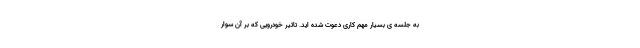
به جلسه ی بسیار مهم کاری دعوت شده اید. تاثیر خودرویی که بر آن سوار